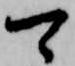
可